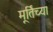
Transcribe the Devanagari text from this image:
मूर्तिच्या